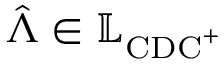
\hat { \boldsymbol { \Lambda } } \in \mathbb { L } _ { \mathrm { C D C } ^ { + } }